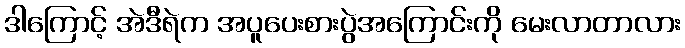
ဒါကြောင့် အဲဒီရဲက အပူပေးစားပွဲအကြောင်းကို မေးလာတာလား